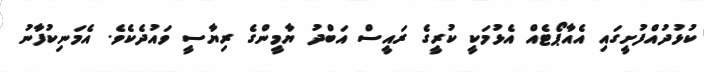
ކުޅުދުއްފުށީގައި އެއާޕޯޓެއް އެޅުމަކީ ކުރީގެ ރައީސް އަބްދު ޔާމީންގެ ރިޔާސީ ވައުދެކެވެ. އެމަނިކުފާނު